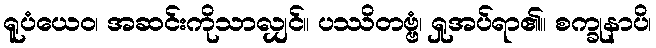
ရူပံယေဝ၊ အဆင်းကိုသာလျှင်။ ပဿိတဗ္ဗံ၊ ရှုအပ်ရာ၏။ စက္ခုနာပိ၊